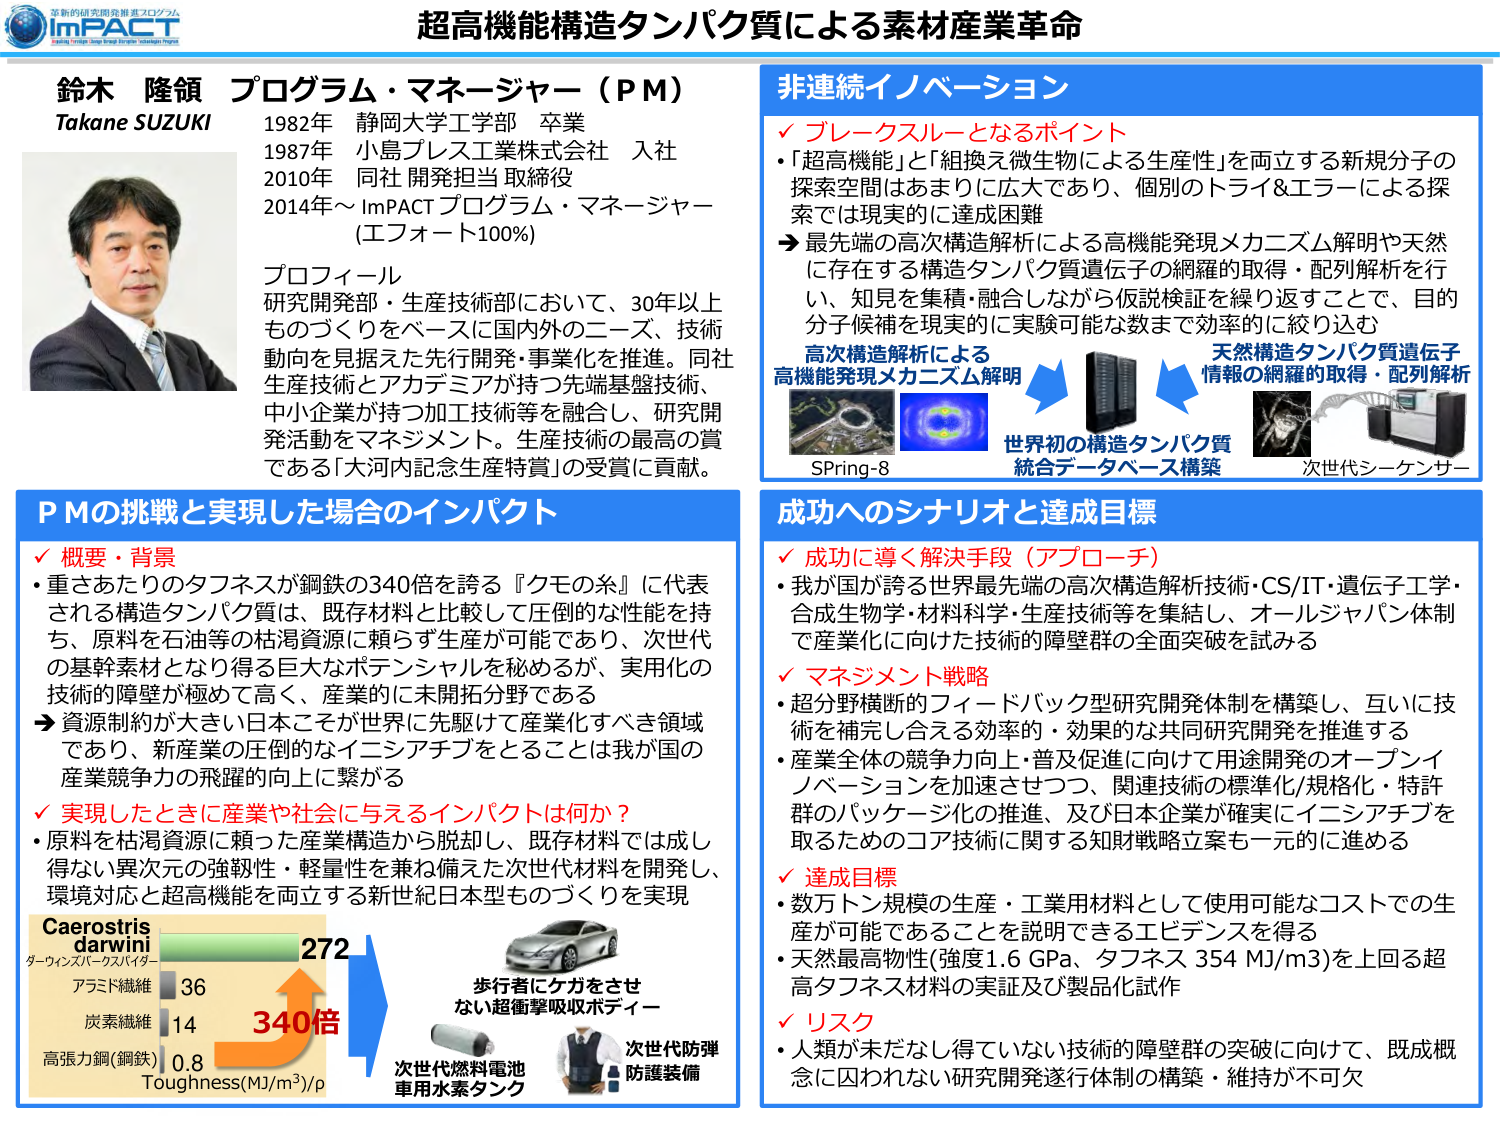
革新的研発推進プログラム
ImPACT
Innovative Materials Design through Advanced Technologies Program

超高機能構造タンパク質による素材産業革命

鈴木 隆領
プログラム・マネージャー（PM）
Takane SUZUKI
1982年 静岡大学工学部 卒業
1987年 小島プレス工業株式会社 入社
2010年 同社 開発担当 取締役
2014年～ ImPACT プログラム・マネージャー
（エフォート100%）

プロフィール
研究開発部・生産技術部において、30年以上ものづくりをベースに国内外のニーズ、技術動向を見据えた先行開発・事業化を推進。同社生産技術とアカデミアが持つ先端基盤技術、中小企業が持つ加工技術等を融合し、研究開発活動をマネジメント。生産技術の最高の賞である「大河内記念生産特賞」の受賞に貢献。

非連続イノベーション
✓ ブレークスルーとなるポイント
・「超高機能」と「組換え微生物による生産性」を両立する新規分子の探索空間はあまりに広大であり、個別のトライ＆エラーによる探索では現実的に達成困難
→ 最先端の高次構造解析による高機能発現メカニズム解明や天然に存在する構造タンパク質遺伝子の網羅的取得・配列解析を行い、知見を集積・融合しながら仮説検証を繰り返すことで、目的分子候補を現実的に実験可能な数まで効率的に絞り込む

高次構造解析による
高機能発現メカニズム解明
SPring-8

天然構造タンパク質遺伝子
情報の網羅的取得・配列解析
次世代シーケンサー

世界初の構造タンパク質
統合データベース構築

PMの挑戦と実現した場合のインパクト
✓ 概要・背景
・重さあたりのタフネスが鋼鉄の340倍を誇る『クモの糸』に代表される構造タンパク質は、既存材料と比較して圧倒的な性能を持ち、原料を石油等の枯渇資源に頼らず生産が可能であり、次世代の基幹素材となり得る巨大なポテンシャルを秘めるが、実用化の技術的障壁が極めて高く、産業的に未開拓分野である
→ 資源制約が大きい日本こそが世界に先駆けて産業化すべき領域であり、新産業の圧倒的なイニシアチブをとることは我が国の産業競争力の飛躍的向上に繋がる

✓ 実現したときに産業や社会に与えるインパクトは何か？
・原料を枯渇資源に頼った産業構造から脱却し、既存材料では成し得ない異次元の強靭性・軽量性を兼ね備えた次世代材料を開発し、環境対応と超高機能を両立する新世紀日本型ものづくりを実現

Caerostris darwini
ターウィンスパーキスバイダー
アラミド繊維 36
炭素繊維 14
高張力鋼(鋼鉄) 0.8
Toughness(MJ/m³)/ρ
272
340倍

歩行者にケガをさせない超衝撃吸収ボディー
次世代燃料電池車用水素タンク
次世代防弾防護装備

成功へのシナリオと達成目標
✓ 成功に導く解決手段（アプローチ）
・我が国が誇る世界最先端の高次構造解析技術・CS/IT・遺伝子工学・合成生物学・材料科学・生産技術等を集結し、オールジャパン体制で産業化に向けた技術的障壁群の全面突破を試みる

✓ マネジメント戦略
・超分野横断的フィードバック型研究開発体制を構築し、互いに技術を補完し合える効率的・効果的な共同研究開発を推進する
・産業全体の競争力向上・普及促進に向けて用途開発のオープンイノベーションを加速させつつ、関連技術の標準化/規格化・特許群のパッケージ化の推進、及び日本企業が確実にイニシアチブを取るためのコア技術に関する知財戦略立案も一元的に進める

✓ 達成目標
・数万トン規模の生産・工業用材料として使用可能なコストでの生産が可能であることを説明できるエビデンスを得る
・天然最高物性(強度1.6 GPa、タフネス 354 MJ/m³)を上回る超高タフネス材料の実証及び製品化試作

✓ リスク
・人類が未だなしえていない技術的障壁群の突破に向けて、既成概念に囚われない研究開発遂行体制の構築・維持が不可欠